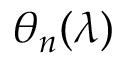
\theta _ { n } ( \lambda )